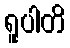
ရူပါတိ